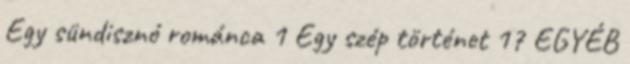
Egy sündisznó románca 1 Egy szép történet 17 EGYÉB